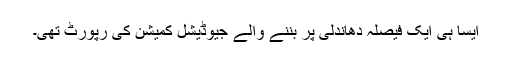
ایسا ہی ایک فیصلہ دھاندلی پر بننے والے جیوڈیشل کمیشن کی رپورٹ تھی۔